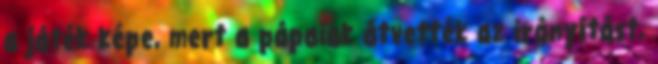
a játék képe, mert a pápaiak átvették az irányítást,